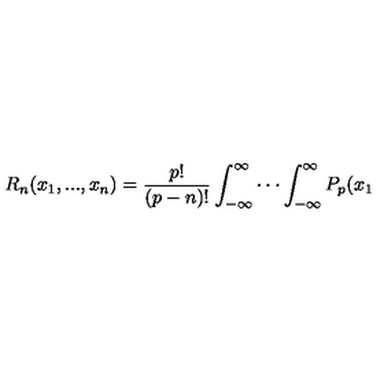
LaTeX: R _ { n } ( x _ { 1 } , . . . , x _ { n } ) = \frac { p ! } { \left( p - n \right) ! } \int _ { - \infty } ^ { \infty } \cdot \cdot \cdot \int _ { - \infty } ^ { \infty } P _ { p } ( x _ { 1 }